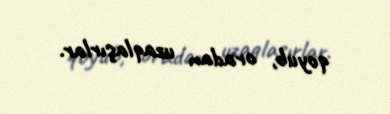
qoyub, oradan uzaqlaşırlar.